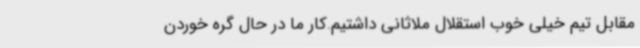
مقابل تیم خیلی خوب استقلال ملاثانی داشتیم.کار ما در حال گره خوردن